Vaccination in Bombay 1889-1901 - 1889-1901
Year: 1889
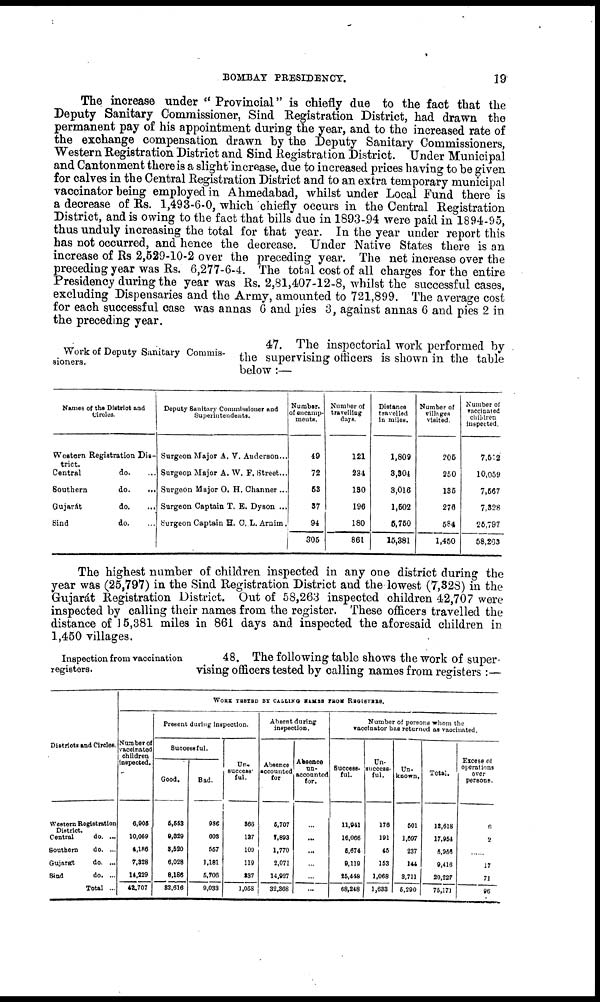
BOMBAY PRESIDENCY.
19
The increase under " Provincial" is chiefly due to the fact that the
Deputy Sanitary Commissioner, Sind Registration District, had drawn the
permanent pay of his appointment during the year, and to the increased rate of
the exchange compensation drawn by the Deputy Sanitary Commissioners,
Western Registration District and Sind Registration District. Under Municipal
and Cantonment there is a slight increase, due to increased prices having to be given
for calves in the Central Registration District and to an extra temporary municipal
vaccinator being employed in Ahmedabad, whilst under Local Fund there is
a decrease of Rs. 1,493-6-0, which chiefly occurs in the Central Registration
District, and is owing to the fact that bills due in 1893-94 were paid in 1894-95,
thus unduly increasing the total for that year. In the year under report this
has not occurred, and hence the decrease. Under Native States there is an
increase of Rs 2,529-10-2 over the preceding year. The net increase over the
preceding year was Rs. 6,277-6-4. The total cost of all charges for the entire
Presidency during the year was Rs. 2,81,407-12-8, whilst the successful cases,
excluding Dispensaries and the Army, amounted to 721,899. The average cost
for each successful case was annas 6 and pies 3, against annas 6 and pies 2 in
the preceding year.
Work of Deputy Sanitary Commis-
sioners.
47. The inspectorial work performed by
the supervising officers is shown in the table
below :—
Names of the District and
Circles.
Western Registration Dis-
trict.
Central
do. ...
Southern
do.
...
Gujarát
do.
...
Sind
do. ...
Deputy Sanitary Commissioner and
Superintendents.
Surgeon Major A. V. Anderson...
Surgeon Major A. W. F, Street...
Surgeon Major O. H. Channer ...
Surgeon Captain T. E. Dyson ...
Surgeon Captain H. O, L. Arnim.
Number.
of encamp-
ments.
49
72
53
37
94
305
Number of
travelling
days.
121
234
180
196
180
861
Distance
travelled
in miles.
1,809
3,304
3,016
1,502
5,750
15,381
Number of
villages
visited.
205
250
135
276
584
1,450
Number of
vaccinated
children
inspected.
7,512
10,059
7,567
7,328
25,797
58,263
The highest number of children inspected in any one district during the
year was (25,797) in the Sind Registration District and the lowest (7,328) in the
Gujarát Registration District. Out of 58,263 inspected children 42,707 were
inspected by calling their names from the register. These officers travelled the
distance of 15,381 miles in 861 days and inspected the aforesaid children in
1,450 villages.
Inspection from vaccination
registers.
48. The following table shows the work of super-
vising officers tested by calling names from registers :—
Districts and Circles.
Western Registration
Central
do. ...
Southern
do. ...
Gujarát
do. ...
Sind
do. ...
Total ...
WORK TESTED BY CALLING NAMES FROM REGISTERS.
Number of
vaccinated
children
inspected.
6,905
10,059
4,186
7,328
14,229
42,707
Present during inspection.
Successful.
Good.
6,553
9,829
3,520
6,028
8,186
82,616
Bad.
980
608
557
1,181
5,706
9,033
Un-
success
ful.
366
127
100
119
337
1,058
Absent during
inspection.
Absence
accounted
for
5,707
7,893
1,770
2,071
14,927
32,368
Absence
un-
accounted
for.
...
...
...
...
...
...
Number of persons whom the
vaccinator has returned as vaccinated.
Success-
ful.
11,941
16,066
5,674
9,119
25,448
68,248
Un-
success-
ful.
176
191
45
153
1,068
1,633
Un.
known,
501
1,597
237
144
3,711
5,290
Total.
12,618
17,954
5,956
9,416
29,227
75,171
Excess of
operations
over
persons.
6
2
......
17
71
96